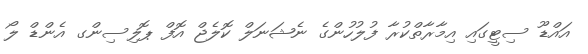
އައްޑޫ ސިޓީގައި އިމާރާތްކުރާ ފުލުހުންގެ ނެޝަނަލް ކޮލެޖް އޮފް ޕޮލިސިންގ އެންޑް ލޯ